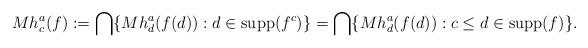
LaTeX: \begin{align*}Mh^{a}_{c}(f) := \bigcap\{Mh^{a}_{d}(f(d)): d\in {\rm supp}(f^{c})\}=\bigcap\{Mh^{a}_{d}(f(d)): c\leq d\in {\rm supp}(f)\}.\end{align*}